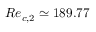
R e _ { c , 2 } \simeq 1 8 9 . 7 7